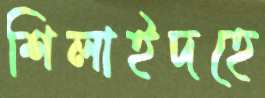
শিলাইদহে